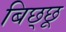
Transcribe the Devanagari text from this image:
बिछ्छू